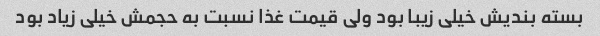
بسته بندیش خیلی زیبا بود ولی قیمت غذا نسبت به حجمش خیلی زیاد بود